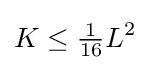
K\leq {\tfrac {1}{16}}L^{2}